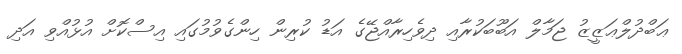
ޢަބްދުލްޢަޒީޒު ޖަމާލް އަބޫބަކުރާއި ދިވެހިރާއްޖޭގެ އަޑު ކުރިން ހިންގެވުމުގައި އިސްކޮށް އުޅުއްވި އަދި